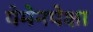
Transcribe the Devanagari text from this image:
येमेनपेक्षा